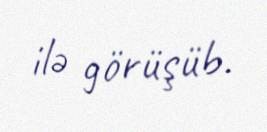
ilə görüşüb.